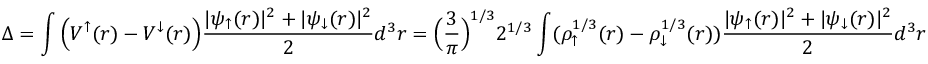
\Delta = \int \Big ( V ^ { \uparrow } ( r ) - V ^ { \downarrow } ( r ) \Big ) \frac { | \psi _ { \uparrow } ( r ) | ^ { 2 } + | \psi _ { \downarrow } ( r ) | ^ { 2 } } { 2 } d ^ { 3 } r = \Big ( \frac { 3 } { \pi } \Big ) ^ { 1 / 3 } 2 ^ { 1 / 3 } \int ( \rho _ { \uparrow } ^ { 1 / 3 } ( r ) - \rho _ { \downarrow } ^ { 1 / 3 } ( r ) ) \frac { | \psi _ { \uparrow } ( r ) | ^ { 2 } + | \psi _ { \downarrow } ( r ) | ^ { 2 } } { 2 } d ^ { 3 } r